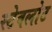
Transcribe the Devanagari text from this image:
स्टेवलोट